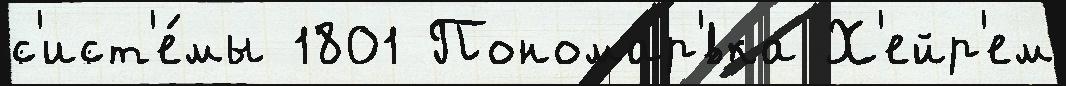
с'ист'е́мы 1801 Пономар'́вка Х'ейр'ем